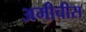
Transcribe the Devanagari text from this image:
अमीचीस